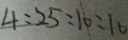
4 : 2 5 : 1 0 : 1 0